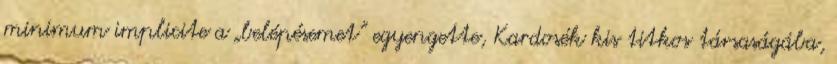
minimum implicite a „belépésemet” egyengette, Kardosék kis titkos társaságába,